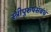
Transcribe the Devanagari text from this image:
स्त्रीपुरुषसंबंध